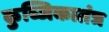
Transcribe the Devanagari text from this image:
कुब्जिकातंत्र